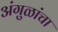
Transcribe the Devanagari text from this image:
अंगुळांचा